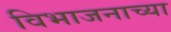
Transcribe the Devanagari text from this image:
विभाजनाच्या